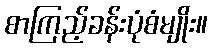
စာကြည့်ခန်းပုံစံမျိုး။